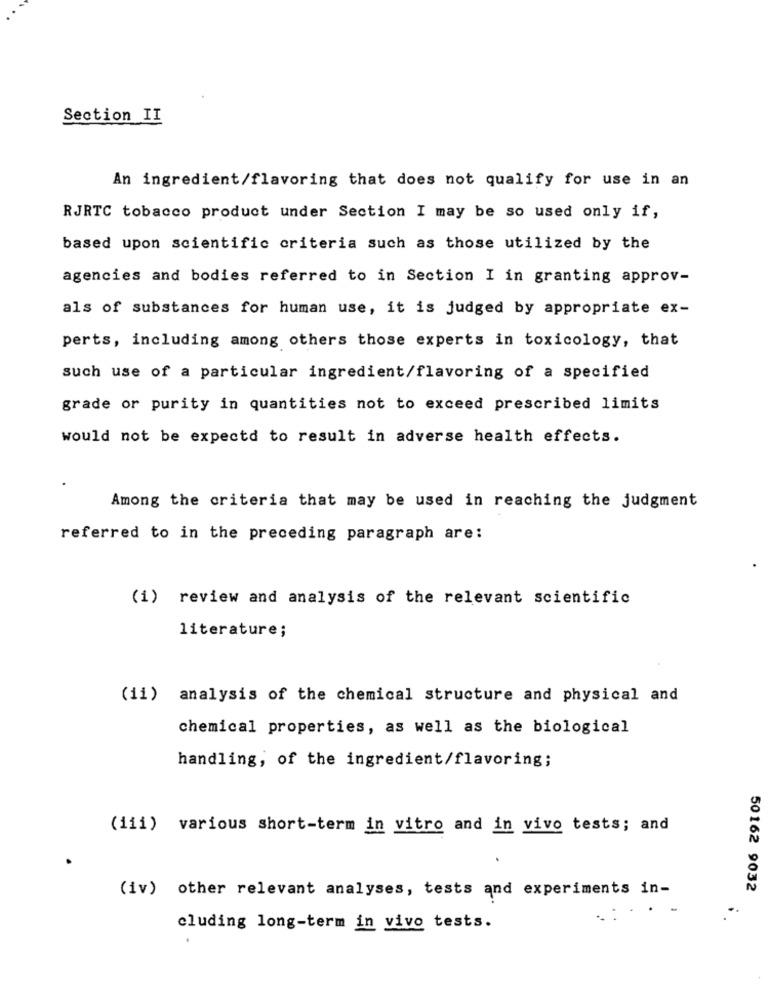
Section II
An ingredient/flavoring that does not qualify for use in an
RJRTC tobacco product under Section I may be so used only if,
based upon scientific criteria such as those utilized by the
agencies and bodies referred to in Section I in granting approv-
als of substances for human use, it is judged by appropriate ex-
perts, including among others those experts in toxicology, that
such use of a particular ingredient/flavoring of a specified
grade or purity in quantities not to exceed prescribed limits
would not be expectd to result in adverse health effects.
Among the criteria that may be used in reaching the judgment
referred to in the preceding paragraph are:
(1) review and analysis of the relevant scientific
literature;
(ii) analysis of the chemical structure and physical and
chemical properties, as well as the biological
handling, of the ingredient/flavoring;
(iii) various short-term in vitro and in vivo tests; and
(iv) other relevant analyses, tests and experiments in-
50162 9032
cluding long-term in vivo tests.